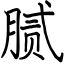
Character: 腻